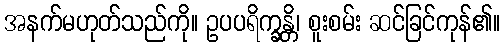
အနက်မဟုတ်သည်ကို။ ဥပပရိက္ခန္တိ၊ စူးစမ်း ဆင်ခြင်ကုန်၏။